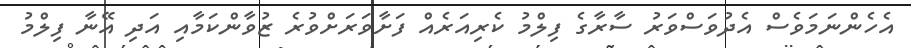
އެހެންނަމަވެސް އެދުވަސްވަރު ސާރާގެ ފިލްމު ކެރިއަރެއް ފަށާވަރަށްވުރެ ޒުވާންކަމާއި އަދި އޭނާ ފިލްމު